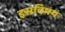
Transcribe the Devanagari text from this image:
इसविषय